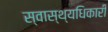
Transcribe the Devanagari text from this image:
स्वास्थ्यधिकारी